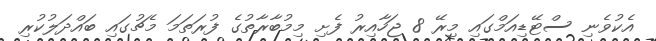
އެކުވެނި ސްޓޭޑިއަމްގައި މިރޭ 8 ޖަހާއިރު ފެށި މިމުބާރާތުގެ ފުރަތަމަ މެޗުގައި ބައްދަލުކުރި